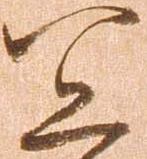
宜